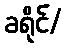
ခရိုင်/